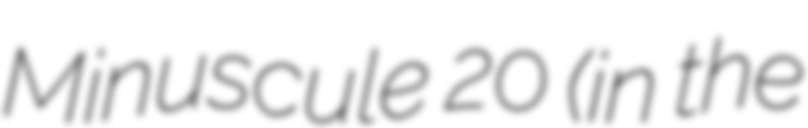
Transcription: Minuscule 20 (in the